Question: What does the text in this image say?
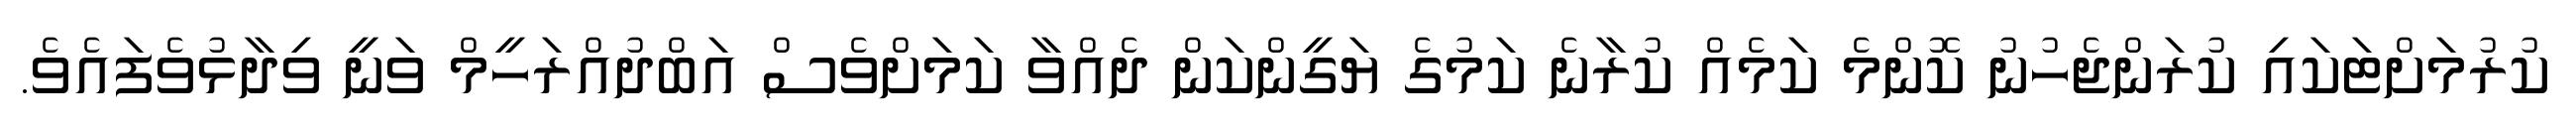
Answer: ކުރުމަށްޓަކައި ކުރަންޖެހުނު ކޮންމެ ކަމެއް ކުރާނެ ކަމުގެ ޔަގީންކަން ދެއްވާ ކަމަށްވެސް އަބްދުއްރަހީމް ވަނީ ވިދާޅުވެފައެވެ.